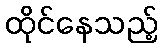
ထိုင်နေသည့်